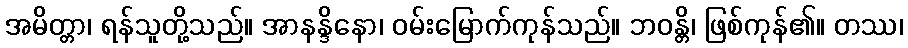
အမိတ္တာ၊ ရန်သူတို့သည်။ အာနန္ဒိနော၊ ဝမ်းမြောက်ကုန်သည်။ ဘဝန္တိ၊ ဖြစ်ကုန်၏။ တဿ၊